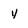
Character: y